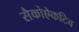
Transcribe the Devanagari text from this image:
सैकोऐकटिव